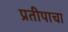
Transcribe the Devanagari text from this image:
प्रतीपाचा